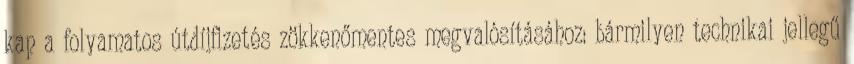
kap a folyamatos útdíjfizetés zökkenőmentes megvalósításához: bármilyen technikai jellegű